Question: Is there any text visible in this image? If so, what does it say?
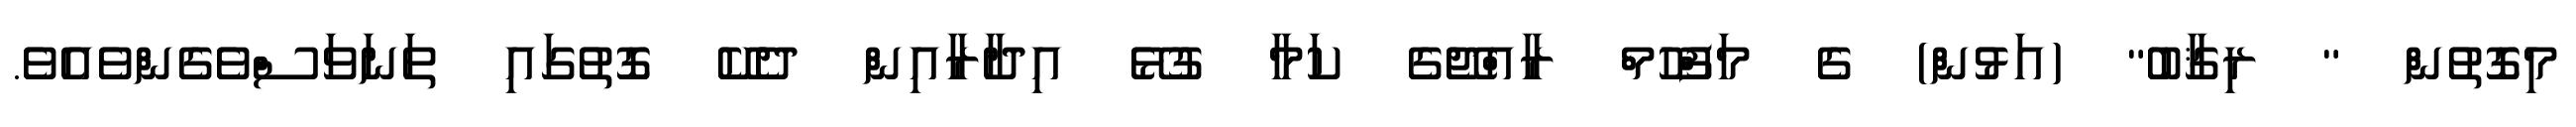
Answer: މިގޮތުން " ރިޤާބު" (އަޅުން) ގެ މަފްހޫމް ރާއްޖޭގެ ކަމާ ގުޅޭ އިދާރާއިން ދެކޭ ގޮތުގައި ތަނަވަސްވެގެންވެއެވެ.